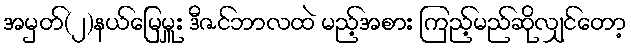
အမှတ်(၂)နယ်မြေမှူး ဒီဇင်ဘာလထဲ မည့်အစား ကြည့်မည်ဆိုလျှင်တော့